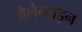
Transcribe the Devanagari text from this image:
बैलैन्टाइन